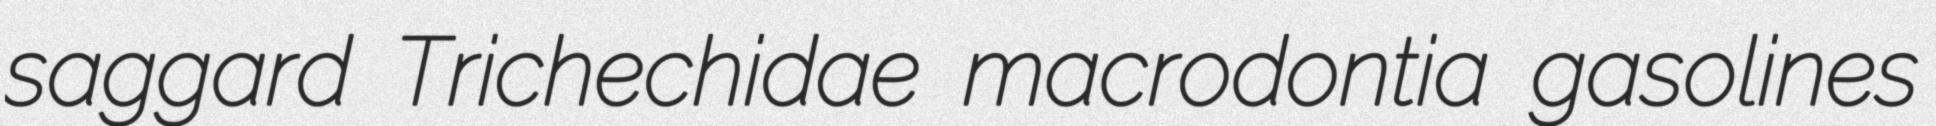
saggard Trichechidae macrodontia gasolines